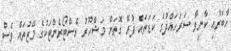
ހާބަރާއި ކާނިވާ ސަރަހައްދުގެ ކަޑަތައް ފުރޭ ގޮތަށް މަޝްހޫރު ރެސްޓޯރެންޓަކުގެ މޭޒުތައް ވެސް